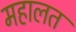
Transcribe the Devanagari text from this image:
महालत